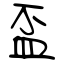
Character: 盃